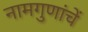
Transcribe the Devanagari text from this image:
नामगुणांचें